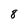
Character: 8